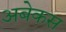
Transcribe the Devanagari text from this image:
अबेकस